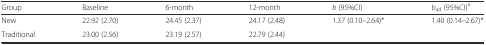
<table><thead><tr><td><b>Group</b></td><td><b>Baseline</b></td><td><b>6-month</b></td><td><b>12-month</b></td><td><b><i>b</i> (95%CI)</b></td><td><b><i>b</i><sub>ad</sub> (95%CI)<sup>a</sup></b></td></tr></thead><tbody><tr><td>New</td><td>22.92 (2.70)</td><td>24.45 (2.37)</td><td>24.17 (2.48)</td><td>1.37 (0.10–2.64)*</td><td>1.40 (0.14–2.67)*</td></tr><tr><td>Traditional</td><td>23.00 (2.56)</td><td>23.19 (2.57)</td><td>22.79 (2.44)</td><td></td><td></td></tr></tbody></table>